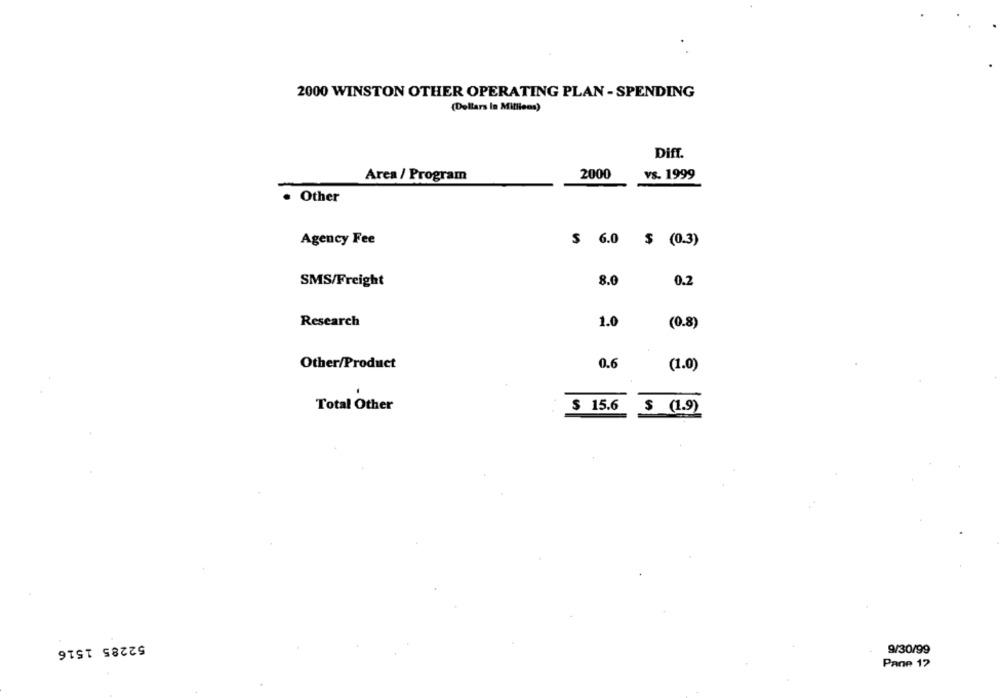
2000 WINSTON OTHER OPERATING PLAN - SPENDING
(Dollars In Millions)
Diff.
2000
Area / Program
vs. 1999
. Other
Agency Fee
$ 6.0
$ (0.3)
SMS/Freight
8.0
0.2
Research
1.0
(0.8)
Other/Product
0.6
(1.0)
Total Other
$ 15.6
$ (1.9)
52285 1516
9/30/99
Pane 17